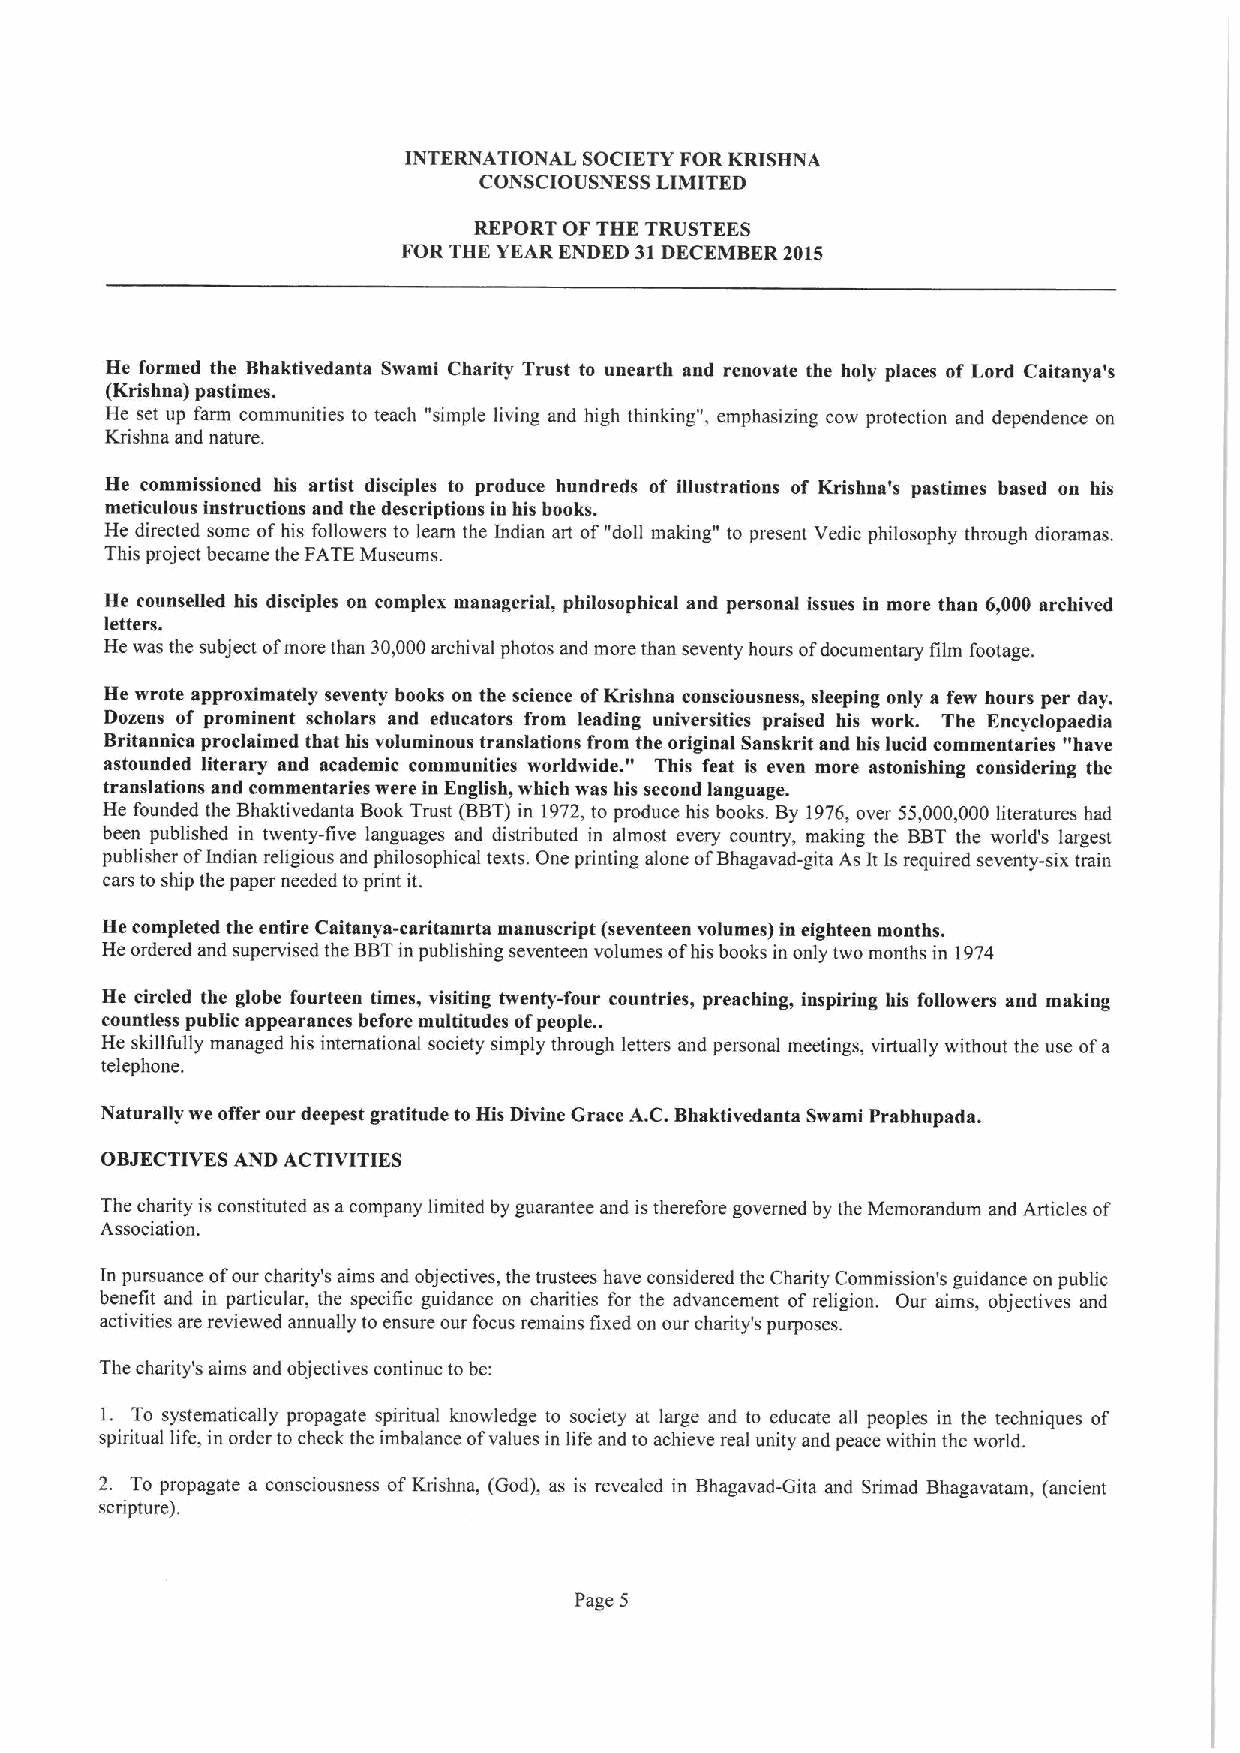
INTERNATIONAL SOCIETYFOR KRISHNA
 CONSCIOUSNESS LIMITED
 REPORT OF THE TRUSTEES
 FOR THE YEAR ENDED 31DECEMBER 2015
 He formed the Bhaktivedanta Swami Charity Trust to unearth and renovate the holy places of Lord Caitanya's
 (Krishna) pastimes.
 He set up farm communities to teach "simple living aud high thinking", emphasizing cow protection and dependence on
 Krishna and nature.
 He commissioned his artist disciples to produce hundreds of illustrations of Krishna's pastimes based on his
 meticulous instructions and the descriptions in his books.
 He directed some ofhis followers to learn the Indian art of"doll making" to present Vedic philosophy through dioramas.
 This project became the FATEMuseums.
 He counselled his disciples on complex managerial, philosophical and personal issues in more than 6,000 archived
 letters.
 He was the subject ofmore than 30,000archival photos aud more than seventy hours ofdocumentary film footage.
 He wrote approximately seventy books on the science ofKrishna consciousness, sleeping only a few hours per day.
 Dozens of prominent scholars and educators from leading universities praised his work. The Encyclopaedia
 Britannica proclaimed that his voluminous translations from "the original Sanskrit and his lucid commentaries "have
 astounded literary and academic communities worldwide. This feat is even more astonishing considering the
 translations and commentaries were in English, which was his second language.
 He founded the Bhaktivedauta Book Trust (BBT)in 1972,to produce his books. By 1976,over 55,000,000 literatures had
 been published in twenty-five languages and distributed in almost every country, making the BBTthe world's largest
 publisher ofIndian religious aud philosophical texts. One printing alone ofBhagavad-gita As ItIsrequired seventy-six train
 cars to ship the paper needed toprint it.
 He completed the entire Caitanya-caritamrta manuscript (seventeen volumes) in eighteen months.
 He ordered and supervised the BBTin publishing seventeen volumes ofhis books in only two months in 1974
 He circled the globe fourteen times, visiting twenty-four countries, preaching, inspiring his followers and making
 .
 countless public appearances before multitudes ofpeople.
 He skillfully managed his international society simply through letters and personal meetings, virtually without the use ofa
 telephone.
 Naturally we offer our deepest gratitude to His Divine Grace A.C.Bhaktivedanta Swami Prabhupada.
 OBJECTIVES AND ACTIVITIES
 The charity is constituted as acompany limited by guarantee and istherefore governed by the Memorandum and Articles of
 Association.
 In pursuance ofour charity's aims aud objectives, the trustees have considered the Charity Commission's guidance on public
 benefit and in particular, the specific guidance on charities for the advancement of religion. Our aims, objectives and
 activities are reviewed annually to ensure our focus remains fixed on our charity's purposes.
 The charity's aims and objectives continue to be:
 1. To systematically propagate spiritual knowledge to society at large and to educate all peoples in the techniques of
 spiritual life, in order to check the imbalance ofvalues in life and to achieve real unity and peace within the world.
 2. To propagate a consciousness ofKrishna, (God), as is revealed in Bhagavad-Gita and Srimad Bhagavatam, (ancieut
 scripture).
 Page 5